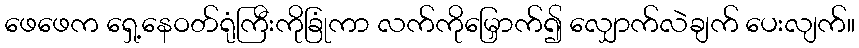
ဖေဖေက ရှေ့နေဝတ်ရုံကြီးကိုခြုံကာ လက်ကိုမြှောက်၍ လျှောက်လဲချက် ပေးလျက်။